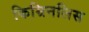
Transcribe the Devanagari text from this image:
किम्रिनलिस